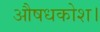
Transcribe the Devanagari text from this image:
औषधकोश।